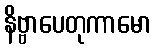
နိဗ္ဗာပေတုကာမော